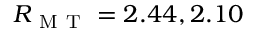
R _ { \mathrm { ~ M ~ T ~ } } = 2 . 4 4 , 2 . 1 0